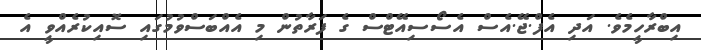
އިބްރާހީމެވެ. އަދި އެފް.ޖޭ.އެސް އެސޯސިއޭޓްސް ގެ ފަރާތުން މި އެއްބަސްވުމުގައި ސޮއިކުރެއްވީ އެ